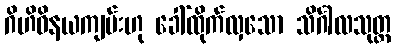
ဂိဟိဝိနယကျမ်းဟု ခေါ်ထိုက်လှသော သိင်္ဂါလသုတ္တ